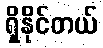
ရှိနိုင်တယ်